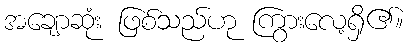
အချောဆုံး ဖြစ်သည်ဟု ကြွားလေ့ရှိ၏။